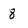
Character: 8